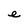
Character: e